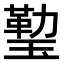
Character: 𤨙